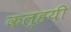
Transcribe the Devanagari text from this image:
कल्हयी